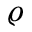
\varrho